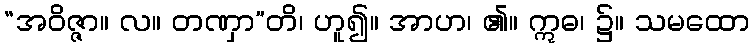
“အဝိဇ္ဇာ။ လ။ တဏှာ”တိ၊ ဟူ၍။ အာဟ၊ ၏။ ဣဓ၊ ၌။ သမထော